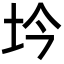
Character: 坅